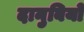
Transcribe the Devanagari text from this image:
दानुबियो